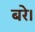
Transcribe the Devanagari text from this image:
बरे।